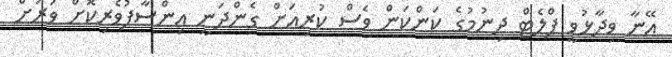
އޭނާ ވިދާޅުވީ ފްލެޓް ދިނުމުގެ ކަންކަން ވެސް ކުރިއަށް ގެންދަނީ އިންސާފުވެރިކޮށް ވަރަށް